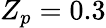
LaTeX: Z_{p}=0.3